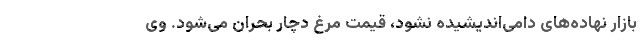
بازار نهاده‌های دامی‌اندیشیده نشود، قیمت مرغ دچار بحران می‌شود. وی